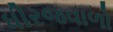
ધીરજવાળો